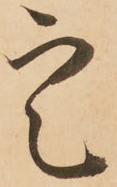
定